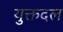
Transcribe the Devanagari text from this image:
युक्तदल